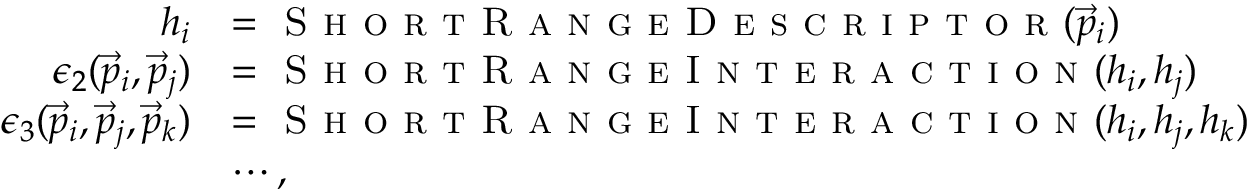
\begin{array} { r l } { h _ { i } } & { = \textsc { S h o r t R a n g e D e s c r i p t o r } ( \vec { p } _ { i } ) } \\ { \epsilon _ { 2 } ( \vec { p } _ { i } , \vec { p } _ { j } ) } & { = \textsc { S h o r t R a n g e I n t e r a c t i o n } ( h _ { i } , h _ { j } ) } \\ { \epsilon _ { 3 } ( \vec { p } _ { i } , \vec { p } _ { j } , \vec { p } _ { k } ) } & { = \textsc { S h o r t R a n g e I n t e r a c t i o n } ( h _ { i } , h _ { j } , h _ { k } ) } \\ & { \cdots , } \end{array}